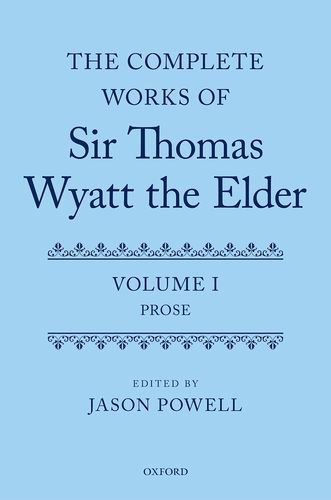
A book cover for The Complete Works of Sir Thomas Wyatt the Elder: Volume One: Prose; Literature & Fiction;